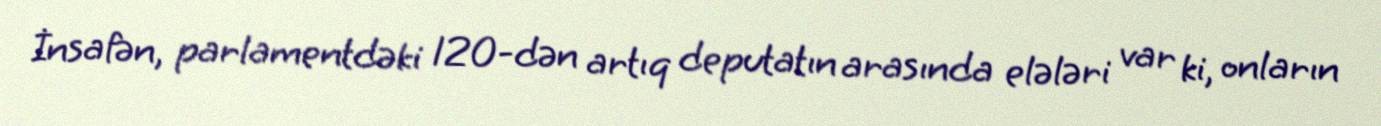
İnsafən, parlamentdəki 120-dən artıq deputatın arasında elələri var ki, onların